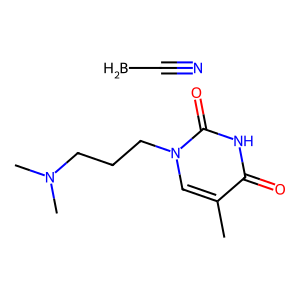
SMILES: BC#N.Cc1cn(CCCN(C)C)c(=O)[nH]c1=O
Inhibits HIV replication: No